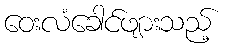
ဝေးလံခေါင်ဖျားသည့်